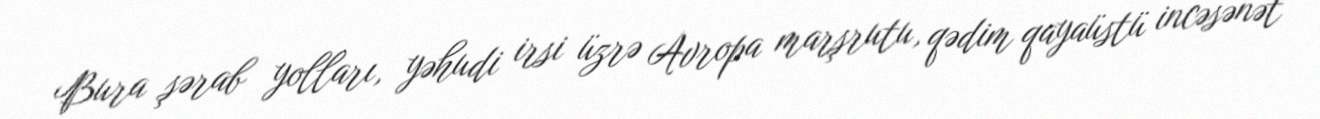
Bura şərab yolları, yəhudi irsi üzrə Avropa marşrutu, qədim qayaüstü incəsənət